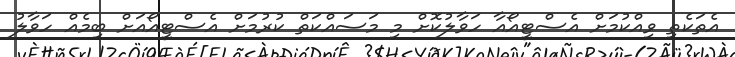
އެތަކެތި ވިއްކުމަށް އެސްޓީއޯއާ ހަވާލުކޮށް މި މަސައްކަތް ކުރުމަށް އެސްޓީއޯއަށް ބިމެއް ހަވާލު